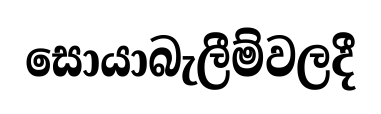
සොයාබැලීම්වලදී